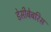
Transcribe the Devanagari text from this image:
डेसीबेबरिस